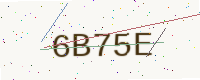
Text: 6B75E